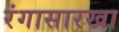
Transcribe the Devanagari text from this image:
रंगासारखा